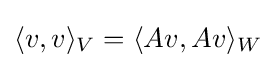
\langle v,v\rangle _{V}=\langle Av,Av\rangle _{W}